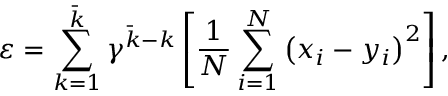
\varepsilon = \sum _ { k = 1 } ^ { \bar { k } } \gamma ^ { \bar { k } - k } \left[ \frac { 1 } { N } \sum _ { i = 1 } ^ { N } \left( x _ { i } - y _ { i } \right) ^ { 2 } \right] ,